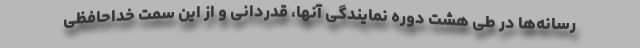
رسانه‌ها در طی هشت دوره نمایندگی آنها، قدردانی و از این سمت خداحافظی